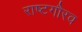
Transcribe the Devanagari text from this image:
राष्‍टगौरव